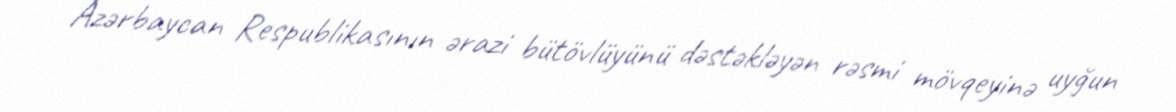
Azərbaycan Respublikasının ərazi bütövlüyünü dəstəkləyən rəsmi mövqeyinə uyğun